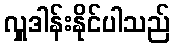
လှူဒါန်းနိုင်ပါသည်